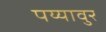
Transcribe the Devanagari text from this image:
पय्यावुर